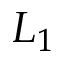
L _ { 1 }